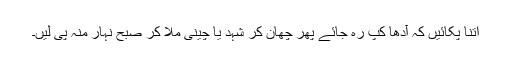
اتنا پکائیں کہ آدھا کپ رہ جائے پھر چھان کر شہد یا چینی ملا کر صبح نہار منہ پی لیں۔